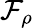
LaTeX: \mathcal{F}_{\rho}